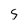
Character: 5